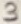
Text: 3